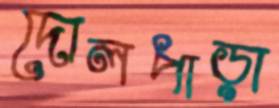
দোলপাড়া